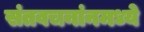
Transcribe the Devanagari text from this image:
संतवचनांनमध्ये